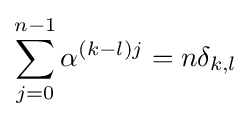
\sum _{j=0}^{n-1}\alpha ^{(k-l)j}=n\delta _{k,l}